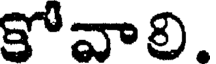
కోవాలి.